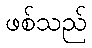
ဖစ်သည်